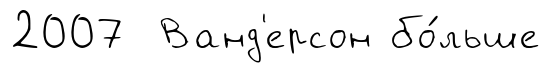
2007 Ванд'ерсон бо́льше